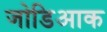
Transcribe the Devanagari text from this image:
जोडिआक